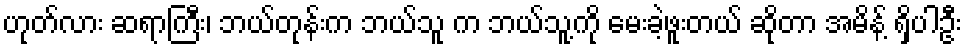
ဟုတ်လား ဆရာကြီး၊ ဘယ်တုန်းက ဘယ်သူ က ဘယ်သူ့ကို မေးခဲ့ဖူးတယ် ဆိုတာ အမိန့် ရှိပါဦး